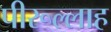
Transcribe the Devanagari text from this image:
पीरूल्लाह